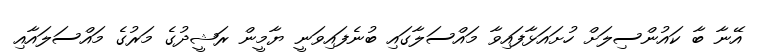
އޭނާ ބާ ކައުންސިލަށް ހުށައަޅާފައިވާ މައްސަލާގައި ބުނެފައިވަނީ ޔާމީން ރަޝީދުގެ މަރުގެ މައްސަލައާއި